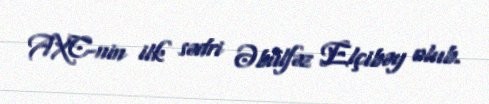
AXC-nin ilk sədri Əbülfəz Elçibəy olub.